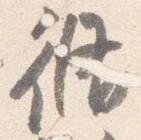
脩